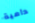
دامية